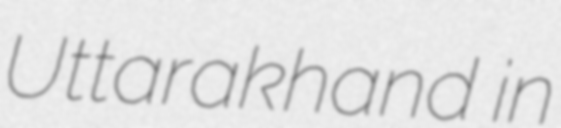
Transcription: Uttarakhand in